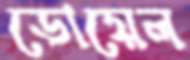
ডোয়েল